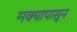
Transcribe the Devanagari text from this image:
मक्यापासून